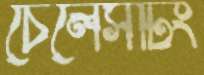
চেলেসটিং